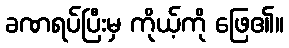
ခဏရပ်ပြီးမှ ကိုယ့်ကို ဖြေ၏။